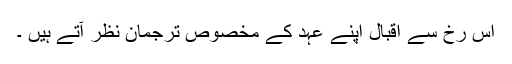
اس رخ سے اقبال اپنے عہد كے مخصوص ترجمان نظر آتے ہیں ۔